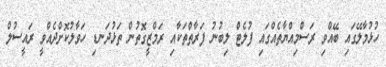
ހުޅުމާލޭގައި ބޭއްވި ރަސްމިއްޔާތެއްގައި ފުލެޓް ލިބުނު ފަރާތްތަކާއި ރަމްޒީގޮތުން ތަޅުދަނޑި ހަވާލުކޮށްދެއްވީ ރައީސުލް